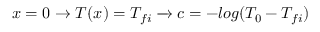
\begin{array} { r } { x = 0 \rightarrow T ( x ) = T _ { f i } \xrightarrow { } c = - l o g { ( T _ { 0 } - T _ { f i } ) } } \end{array}